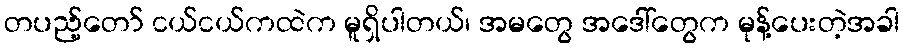
တပည့်တော် ငယ်ငယ်ကထဲက မူရှိပါတယ်၊ အမတွေ အဒေါ်တွေက မုန့်ပေးတဲ့အခါ